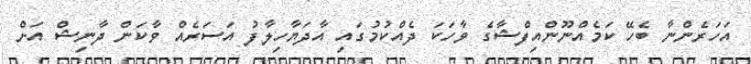
އަހަރެންނާ ބެހޭ ކަމެއްނޫންއިފްޝާގެ ވާހަކަ ދެއްކުމުގައި އާދަޔާހިލާފު އަސަރެއް ވާކަން ދާނިޝް އަށް